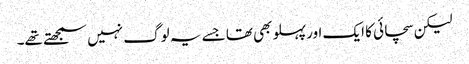
لیکن سچائی کا ایک اور پہلو بھی تھا جسے یہ لوگ نہیں سمجھتے تھے۔